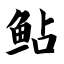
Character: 鲇